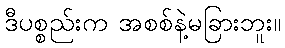
ဒီပစ္စည်းက အစစ်နဲ့မခြားဘူး။